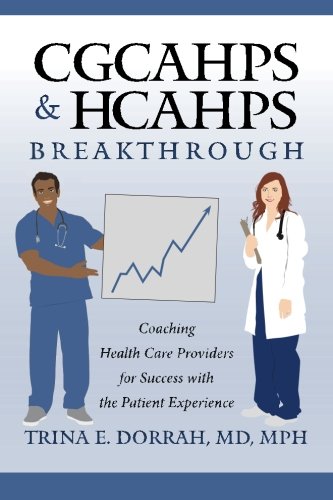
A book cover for CGCAHPS & HCAHPS Breakthrough: Coaching Health Care Providers for Success with the Patient Experience; MD,MPH, Trina E. Dorrah; Medical Books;